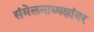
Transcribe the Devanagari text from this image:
संमेलनाध्यक्षांवर